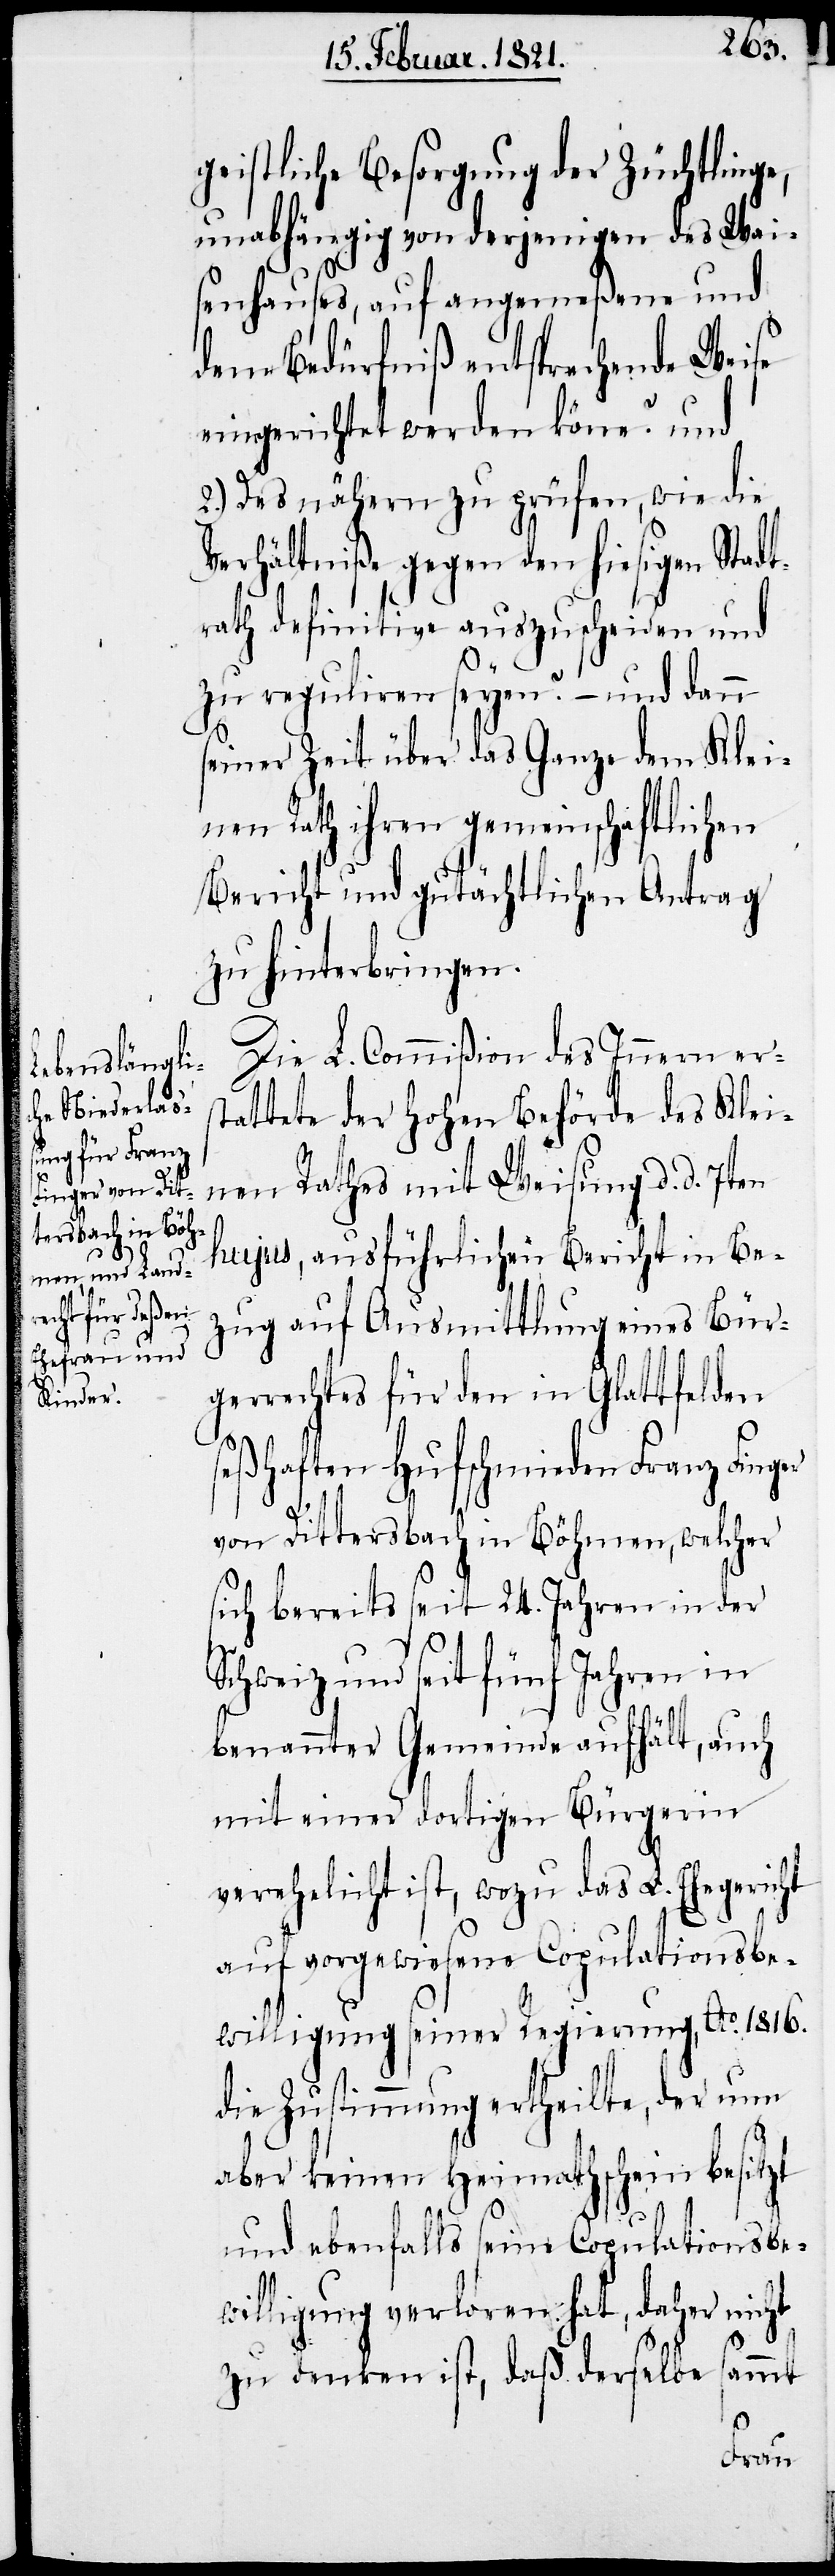
geistliche Besorgung der Züchtlinge,
unabhängig von derjenigen des Wai¬
senhauses, auf angemeßene und
dem Bedürfniß entsprechende Weise
eingerichtet werden könne? und
2.) Des nähern zu prüfen, wie die
Verhältniße gegen den hiesigen Stadt¬
rath definitive auszuscheiden und
zu reguliren seyen? – und dann
seiner Zeit über das Ganze dem Klei¬
nen Rath ihren gemeinschaftlichen
Bericht und gutächtlichen Antrag
zu hinterbringen.
Die L. Commißion des Innern ers¬
tattete der hohen Behörde des Klei¬
nen Rathes mit Weisung d. d. 7ten
hujus, ausführlichen Bericht in Be¬
zug auf Ausmittlung eines Bür¬
gerrechtes für den in Glattfelden
seßhaften Hufschmieden Franz
von Dittersbach in Böhmen, welcher
sich bereits seit 24. Jahren in der
Schweiz und seit fünf Jahren in
benannter Gemeinde aufhält, auch
mit einer dortigen Bürgerin
verehelicht ist, wozu das L. Ehegericht
auf vorgewiesene Copulationsbe¬
willigung seiner Regierung, Ao. 1816.
die Zustimmung ertheilte, der nun
aber keinen Heimathschein besitzt
und ebenfalls seine Copulationsbe¬
willigung verloren hat, daher nicht
zu denken ist, daß derselbe sammt